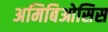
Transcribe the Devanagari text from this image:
अमिबिओसिस